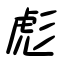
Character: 彪